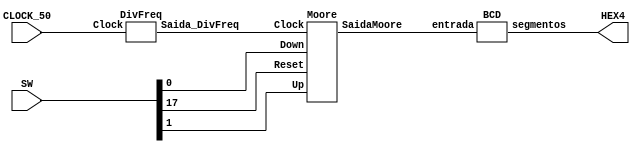
module Contador(SW, CLOCK_50, HEX4);
input wire [17:0] SW;
input wire CLOCK_50;
output wire [0:6] HEX4;
	
wire clk;
wire [3:0] sm;
	
DivFreq df(.Clock(CLOCK_50), .Saida_DivFreq(clk));
Moore m(.Up(SW[1]), .Down(SW[0]), .Reset(SW[17]), .Clock(clk), .SaidaMoore(sm));
BCD b(.entrada(sm), .segmentos(HEX4));
endmodule


module DivFreq(Clock, Saida_DivFreq);
input Clock;
output reg Saida_DivFreq;
reg [25:0] OUT;
always @ (posedge Clock)
    if (OUT == 26'd50000000)
    begin
	    OUT <= 26'd0;
	    Saida_DivFreq <= 1;
    end
    else
    begin
	    OUT<= OUT+1;
	    Saida_DivFreq <= 0;
    end
endmodule


module Moore(Up, Down, Reset, Clock, SaidaMoore);
input Up, Down, Reset, Clock;
output reg [3:0]SaidaMoore;

reg [3:0] estadoAtual; 
reg [3:0] proxEstado;

parameter A= 4'b0000, B= 4'b0001, C= 4'b0010, D= 4'b0011, E= 4'b0100, F= 4'b0101, G= 4'b0110, H= 4'b0111, I= 4'b1000, J= 4'b1001;

always @(estadoAtual or Up or Down)
    begin
    case(estadoAtual)
    	A:
	    	if(Up==0 & Down==0)
		   	begin
			    proxEstado=A;
		    end
		    else if(Up==0 & Down==1)
			begin
    			proxEstado=I;
			end
    		else if(Up==1 & Down==0)
			begin
    			proxEstado=B;
			end
    		else if(Up==1 & Down==1)
			begin
    			proxEstado=J;
			end
    	B:
    		if(Up==0 & Down==0)
			begin
    			proxEstado=B;
			end
    		else if(Up==0 & Down==1)
			begin
    			proxEstado=A;
			end
    		else if(Up==1 & Down==0)
			begin
    			proxEstado=C;
			end
    		else if(Up==1 & Down==1)
			begin
    			proxEstado=J;
			end
    	C:
    		if(Up==0 & Down==0)
    		begin
    			proxEstado=C;
    		end
    		else if(Up==0 & Down==1)
    		begin
    			proxEstado=B;
    		end
    		else if(Up==1 & Down==0)
    		begin
    			proxEstado=D;
    		end
    		else if(Up==1 & Down==1)
    		begin
    			proxEstado=J;
    		end
    	D:
    		if(Up==0 & Down==0)
    		begin
    			proxEstado=D;
    		end
    		else if(Up==0 & Down==1)
    		begin
    			proxEstado=C;
    		end
    		else if(Up==1 & Down==0)
    		begin
    			proxEstado=E;
    		end
    		else if(Up==1 & Down==1)
    		begin
    			proxEstado=J;
    		end
    	E:
    		if(Up==0 & Down==0)
    		begin
    			proxEstado=E;
    		end
    		else if(Up==0 & Down==1)
    		begin
    			proxEstado=D;
    		end
    		else if(Up==1 & Down==0)
    		begin
    			proxEstado=F;
    		end
    		else if(Up==1 & Down==1)
    		begin
    			proxEstado=J;
    		end	
    	F:
    		if(Up==0 & Down==0)
    		begin
    			proxEstado=F;
    		end
    		else if(Up==0 & Down==1)
    		begin
    			proxEstado=E;
    		end
    		else if(Up==1 & Down==0)
    		begin
    			proxEstado=G;
    		end
    		else if(Up==1 & Down==1)
    		begin
    			proxEstado=J;
    		end
    	G:
    		if(Up==0 & Down==0)
    		begin
    			proxEstado=G;
    		end
    		else if(Up==0 & Down==1)
    		begin
    			proxEstado=F;
    		end
    		else if(Up==1 & Down==0)
    		begin
    			proxEstado=H;
    		end
    		else if(Up==1 & Down==1)
    		begin
    			proxEstado=J;
    		end
    	H:
    		if(Up==0 & Down==0)
    		begin
    			proxEstado=H;
    		end
    		else if(Up==0 & Down==1)
    		begin
    			proxEstado=G;
    		end
    		else if(Up==1 & Down==0)
    		begin
    			proxEstado=I;
    		end
    		else if(Up==1 & Down==1)
    		begin
    			proxEstado=J;
    		end
    	I:
    		if(Up==0 & Down==0)
    		begin
    			proxEstado=I;
    		end
    		else if(Up==0 & Down==1)
    		begin
    			proxEstado=H;
    		end
    		else if(Up==1 & Down==0)
    		begin
    			proxEstado=A;
    		end
    		else if(Up==1 & Down==1)
    		begin
    			proxEstado=J;
    		end
    	J:
    		if(Up==0 & Down==0)
			begin
    			proxEstado=J;
			end
    		else if(Up==0 & Down==1)
			begin
    			proxEstado=A;
			end
    		else if(Up==1 & Down==0)
			begin
    			proxEstado=A;
			end
    		else if(Up==1 & Down==1)
			begin
    			proxEstado=J;
			end
    	endcase
    end
    
always @(posedge Clock or posedge Reset) // Reset
begin	
	if(Reset == 1)
		estadoAtual <= A;
	else
		estadoAtual <= proxEstado;
end
    
always @(estadoAtual) // saida de acordo com o estado atual
begin
	case(estadoAtual)
    	A: SaidaMoore = 4'b1001;
    	B: SaidaMoore = 4'b0100;
    	C: SaidaMoore = 4'b0110;
    	D: SaidaMoore = 4'b0101;
    	E: SaidaMoore = 4'b1000;
    	F: SaidaMoore = 4'b0010;
    	G: SaidaMoore = 4'b0001;
    	H: SaidaMoore = 4'b0000;
    	I: SaidaMoore = 4'b0101;
    	J: SaidaMoore = 4'b1111;
    endcase
end
endmodule


module BCD (entrada, segmentos);
input wire [3:0] entrada;
output reg [0:6] segmentos;
always @ (*)
    case (entrada)
		4'b0000: segmentos=7'b0000001;
		4'b0001: segmentos=7'b1001111;
		4'b0010: segmentos=7'b0010010;
		4'b0011: segmentos=7'b0000110;
		4'b0100: segmentos=7'b1001100;
		4'b0101: segmentos=7'b0100100;
		4'b0110: segmentos=7'b0100000;
		4'b0111: segmentos=7'b0001111;
		4'b1000: segmentos=7'b0000000;
		4'b1001: segmentos=7'b0000100;
		default: segmentos = 7'b1111111;
	endcase
endmodule